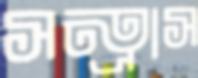
সন্ত্রাস